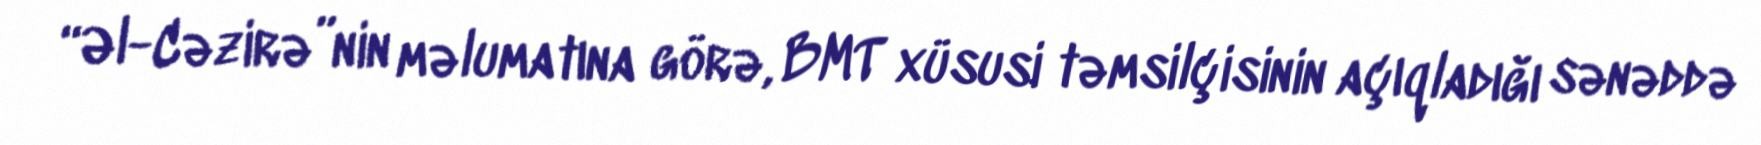
“Əl-Cəzirə”nin məlumatına görə, BMT xüsusi təmsilçisinin açıqladığı sənəddə